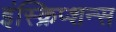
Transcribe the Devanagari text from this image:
इंस्क्रिप्शन्स